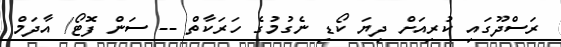
ރަސްދޫގައި ކުރިއަށް ދިޔަ ކޯޑި ނެގުމުގެ ހަރަކާތް -- ސަން ފޮޓޯ/ އާދަމް